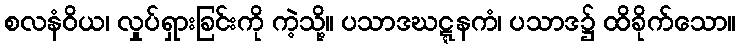
စလနံဝိယ၊ လှုပ်ရှားခြင်းကို ကဲ့သို့။ ပသာဒဃဋ္ဋနကံ၊ ပသာဒ၌ ထိခိုက်သော။